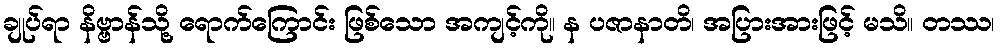
ချုပ်ရာ နိဗ္ဗာန်သို့ ရောက်ကြောင်း ဖြစ်သော အကျင့်ကို။ န ပဇာနာတိ၊ အပြားအားဖြင့် မသိ။ တဿ၊